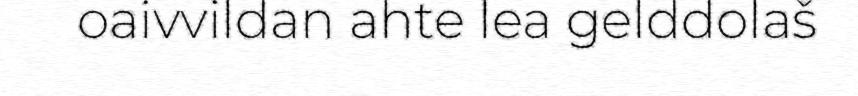
oaivvildan ahte lea gelddolaš